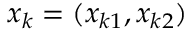
x _ { k } = ( x _ { k 1 } , x _ { k 2 } )